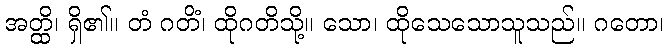
အတ္ထိ၊ ရှိ၏။ တံ ဂတိံ၊ ထိုဂတိသို့။ သော၊ ထိုသေသောသူသည်။ ဂတော၊